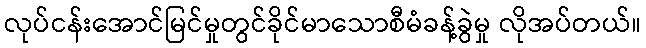
လုပ်ငန်းအောင်မြင်မှုတွင်ခိုင်မာသောစီမံခန့်ခွဲမှု လိုအပ်တယ်။